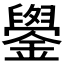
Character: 𫓓